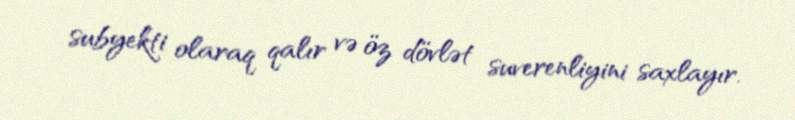
subyekti olaraq qalır və öz dövlət suverenliyini saxlayır.